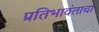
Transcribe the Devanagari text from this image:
प्रतिभावंताचा